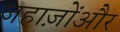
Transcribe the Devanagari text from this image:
जहाज़ोंऔर